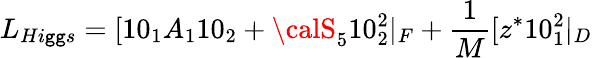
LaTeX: L_{Hi\mathtt{g}\mathtt{g}s}=[10_{1}A_{1}10_{2}+{\calS}_{5}10_{2}^{2}|_{F}+{\frac{{1}}{{M}}}[z^{*}10_{1}^{2}|_{D}